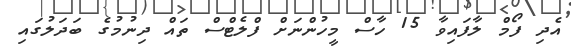
އެދި ފޯމް ލާފައިވާ 15 ހާސް މީހުންނަށް ފްލެޓްސް ތައް ދިނުމުގެ ބަދަލުގައި